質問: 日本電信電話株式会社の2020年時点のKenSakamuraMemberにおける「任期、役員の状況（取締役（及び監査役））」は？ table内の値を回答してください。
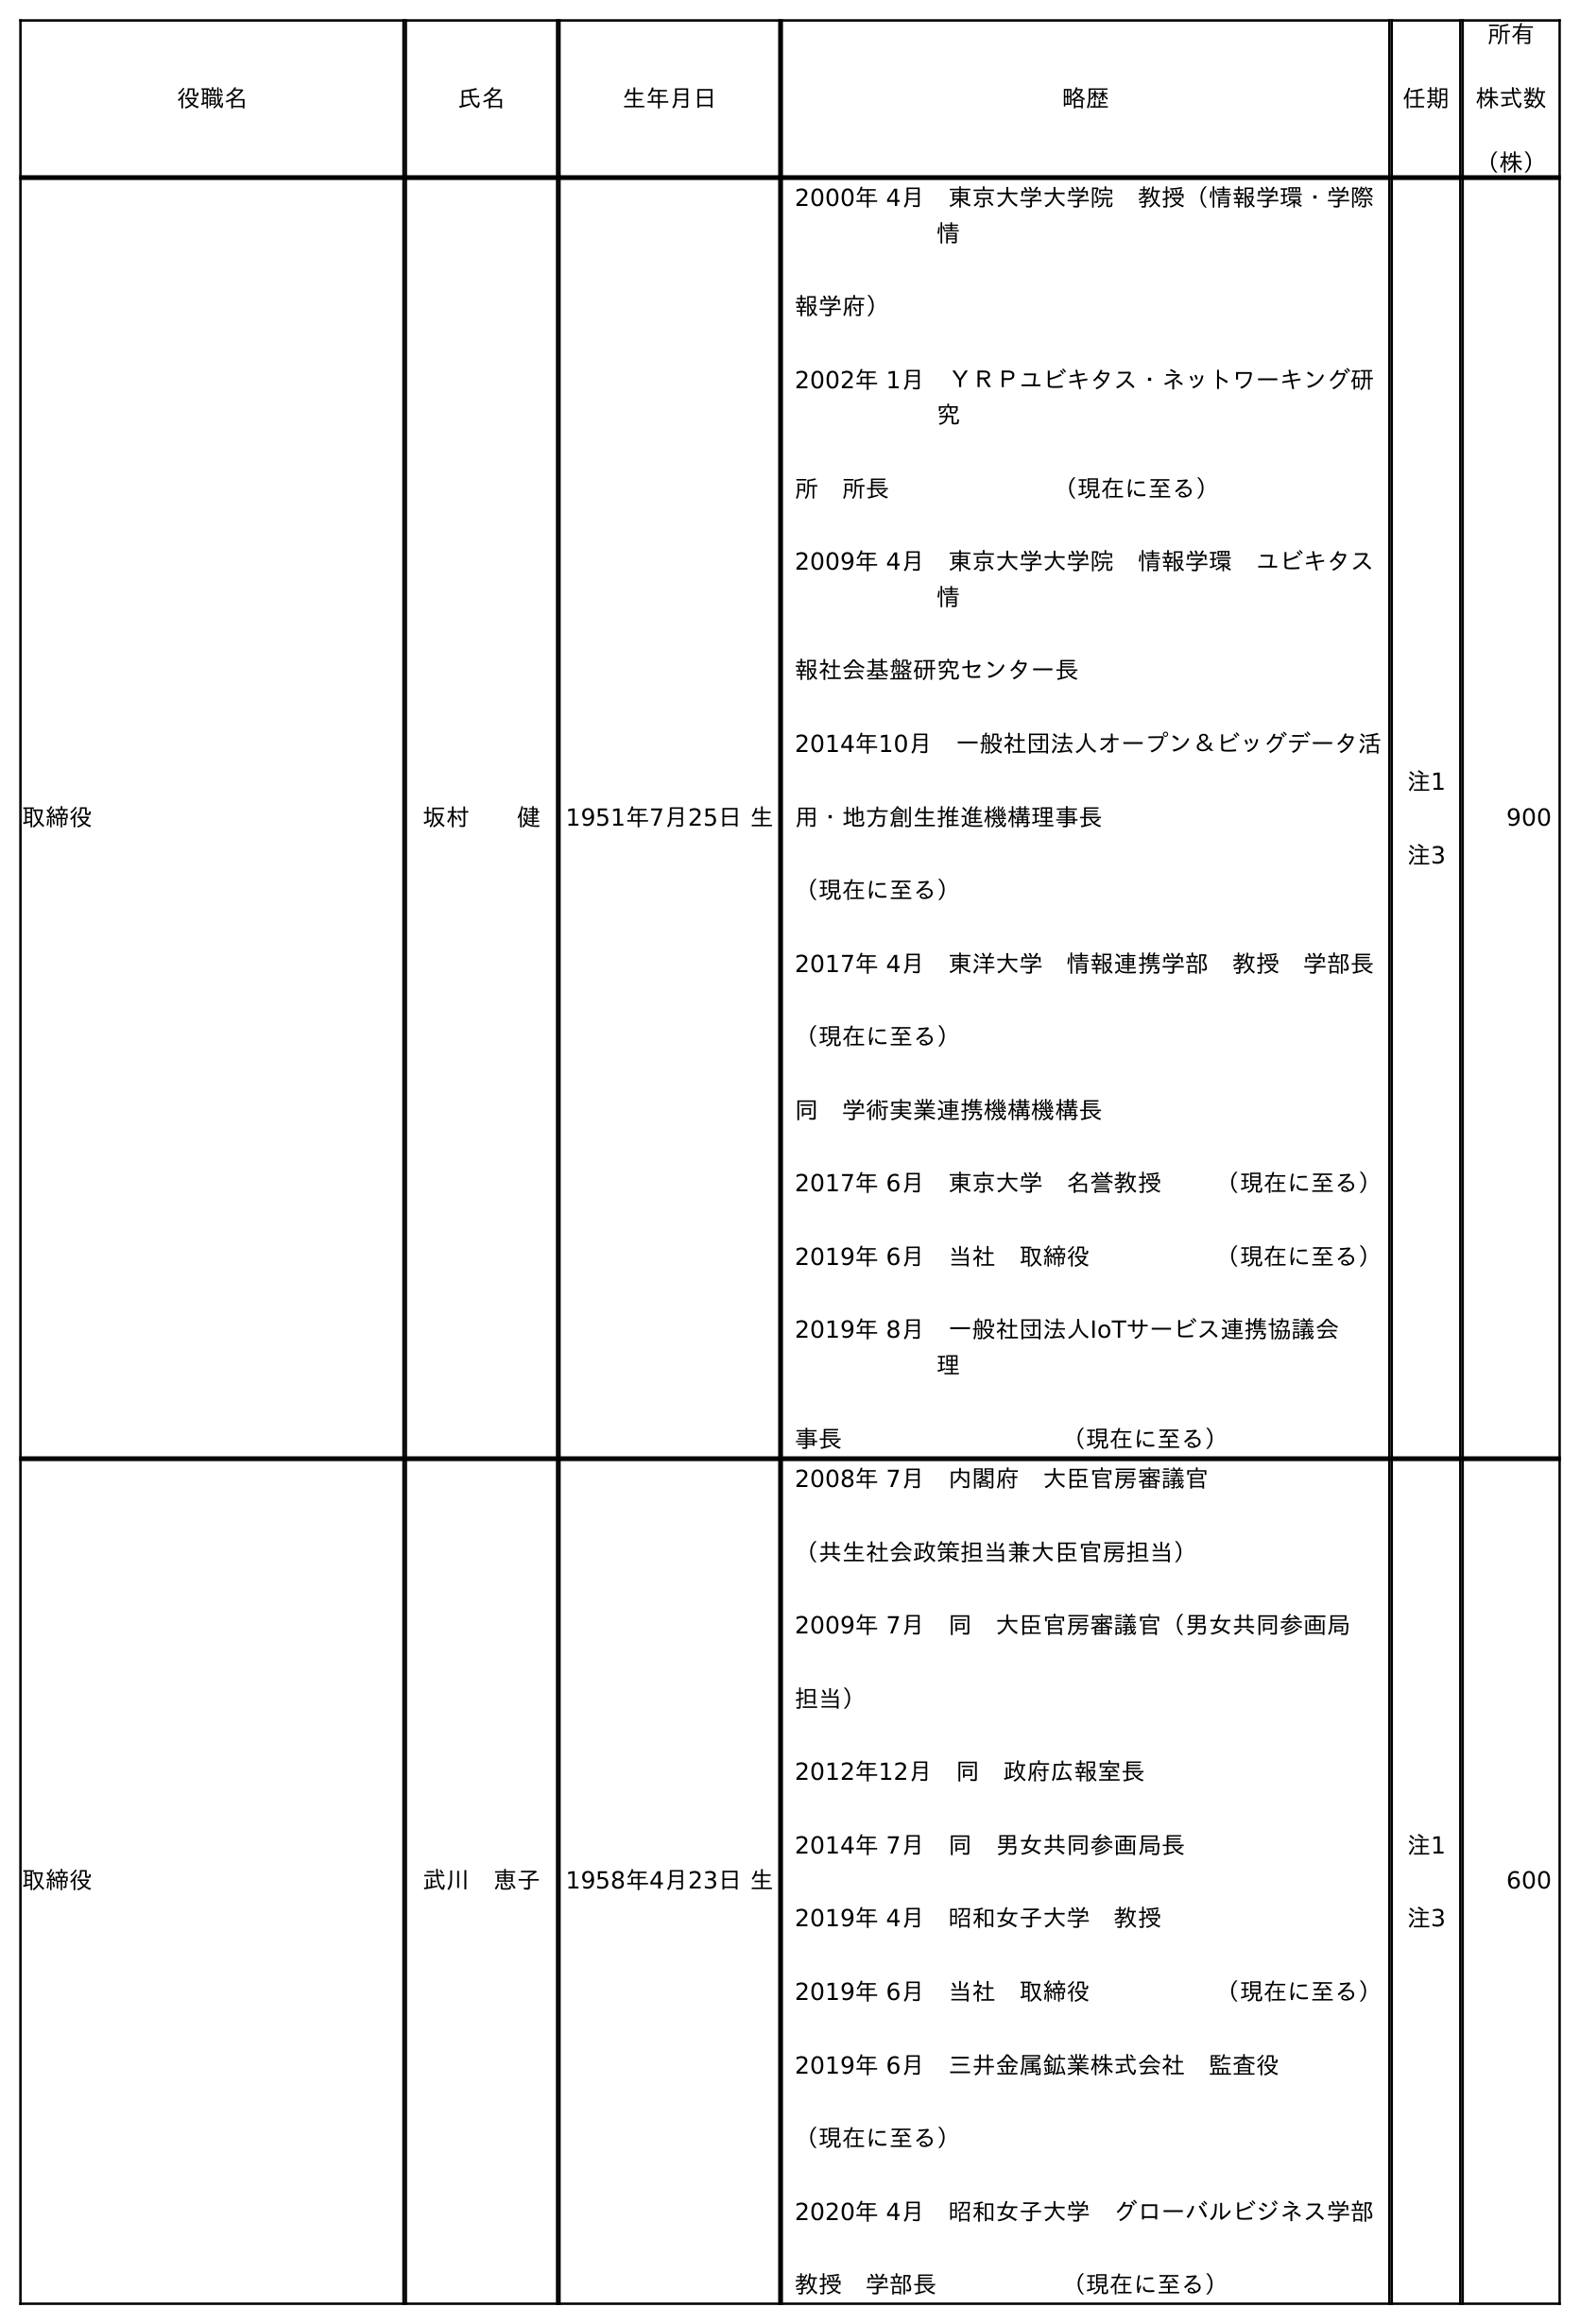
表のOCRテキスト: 役職名 氏名 生年月日 略歴 任期 所有 株式数 （株） 取締役 坂村  健 1951年7月25日 生 2000年 4月 東京大学大学院 教授（情報学環・学際 情 報学府） 2002年 1月 ＹＲＰユビキタス・ネットワーキング研 究 所 所長         （現在に至る） 2009年 4月 東京大学大学院 情報学環 ユビキタス 情 報社会基盤研究センター長 2014年10月 一般社団法人オープン＆ビッグデータ活 用・地方創生推進機構理事長 （現在に至る） 2017年 4月 東洋大学 情報連携学部 教授 学部長 （現在に至る） 同 学術実業連携機構機構長 2017年 6月 東京大学 名誉教授   （現在に至る） 2019年 6月 当社 取締役      （現在に至る） 2019年 8月 一般社団法人IoTサービス連携協議会  理 事長          （現在に至る） 注1 注3 900 取締役 武川 恵子 1958年4月23日 生 2008年 7月 内閣府 大臣官房審議官 （共生社会政策担当兼大臣官房担当） 2009年 7月 同 大臣官房審議官（男女共同参画局 担当） 2012年12月 同 政府広報室長 2014年 7月 同 男女共同参画局長 2019年 4月 昭和女子大学 教授 2019年 6月 当社 取締役      （現在に至る） 2019年 6月 三井金属鉱業株式会社 監査役 （現在に至る） 2020年 4月 昭和女子大学 グローバルビジネス学部 教授 学部長      （現在に至る） 注1 注3 600
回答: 注1注3